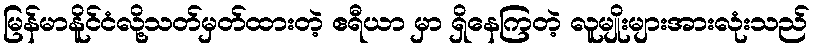
မြန်မာနိူင်ငံလို့သတ်မှတ်ထားတဲ့ ဧရီယာ မှာ ရှိနေကြတဲ့ လူမျိုးများအားလုံးသည်